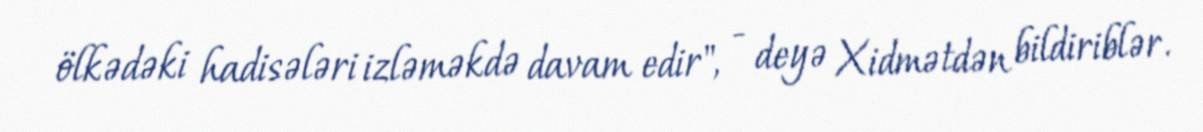
ölkədəki hadisələri izləməkdə davam edir", - deyə Xidmətdən bildiriblər.